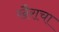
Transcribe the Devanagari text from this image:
खैराचा